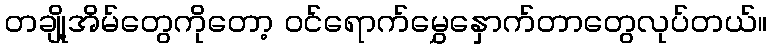
တချို့အိမ်တွေကိုတော့ ဝင်ရောက်မွှေနှောက်တာတွေလုပ်တယ်။